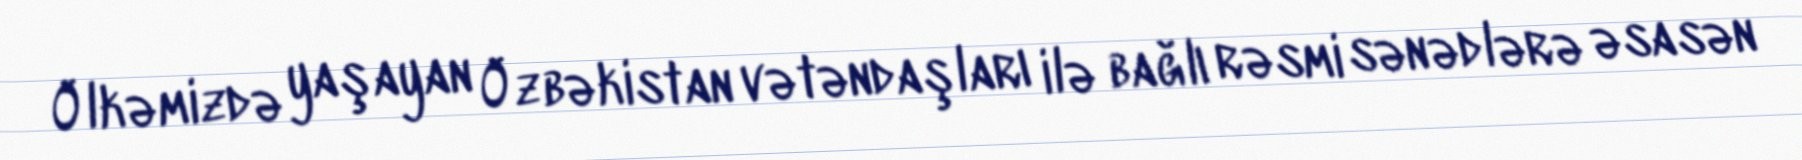
Ölkəmizdə yaşayan Özbəkistan vətəndaşları ilə bağlı rəsmi sənədlərə əsasən